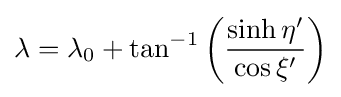
\lambda =\lambda _{0}+\tan ^{-1}\left({\frac {\sinh \eta '}{\cos \xi '}}\right)